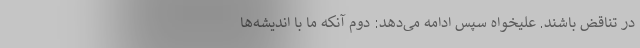
در تناقض باشند. علیخواه سپس ادامه می‌دهد: دوم آنکه ما با اندیشه‌ها